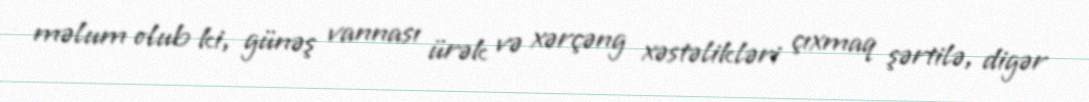
məlum olub ki, günəş vannası ürək və xərçəng xəstəlikləri çıxmaq şərtilə, digər